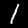
Digit: 1